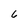
Character: 6